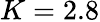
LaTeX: K=2.8